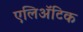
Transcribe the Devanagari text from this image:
एलिअॅटिक